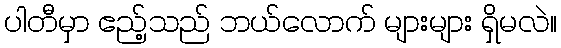
ပါတီမှာ ဧည့်သည် ဘယ်လောက် များများ ရှိမလဲ။